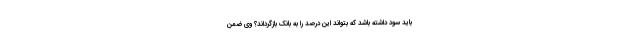
باید سود داشته باشد که بتواند این درصد را به بانک بازگرداند؟ وی ضمن